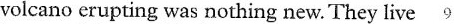
volcano erupting was nothing new. They live 9